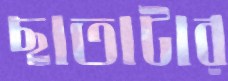
ছাতাটার